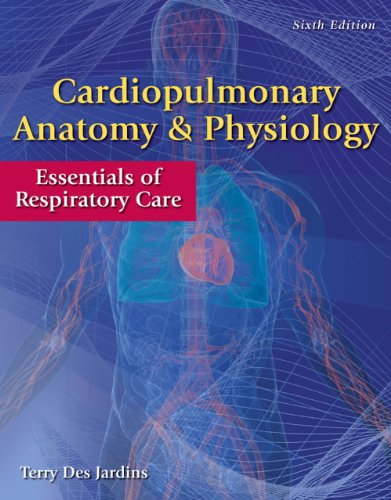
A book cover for Workbook for Des Jardins' Cardiopulmonary Anatomy & Physiology, 6th; Terry Des Jardins; Medical Books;